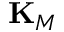
{ \bf K } _ { M }